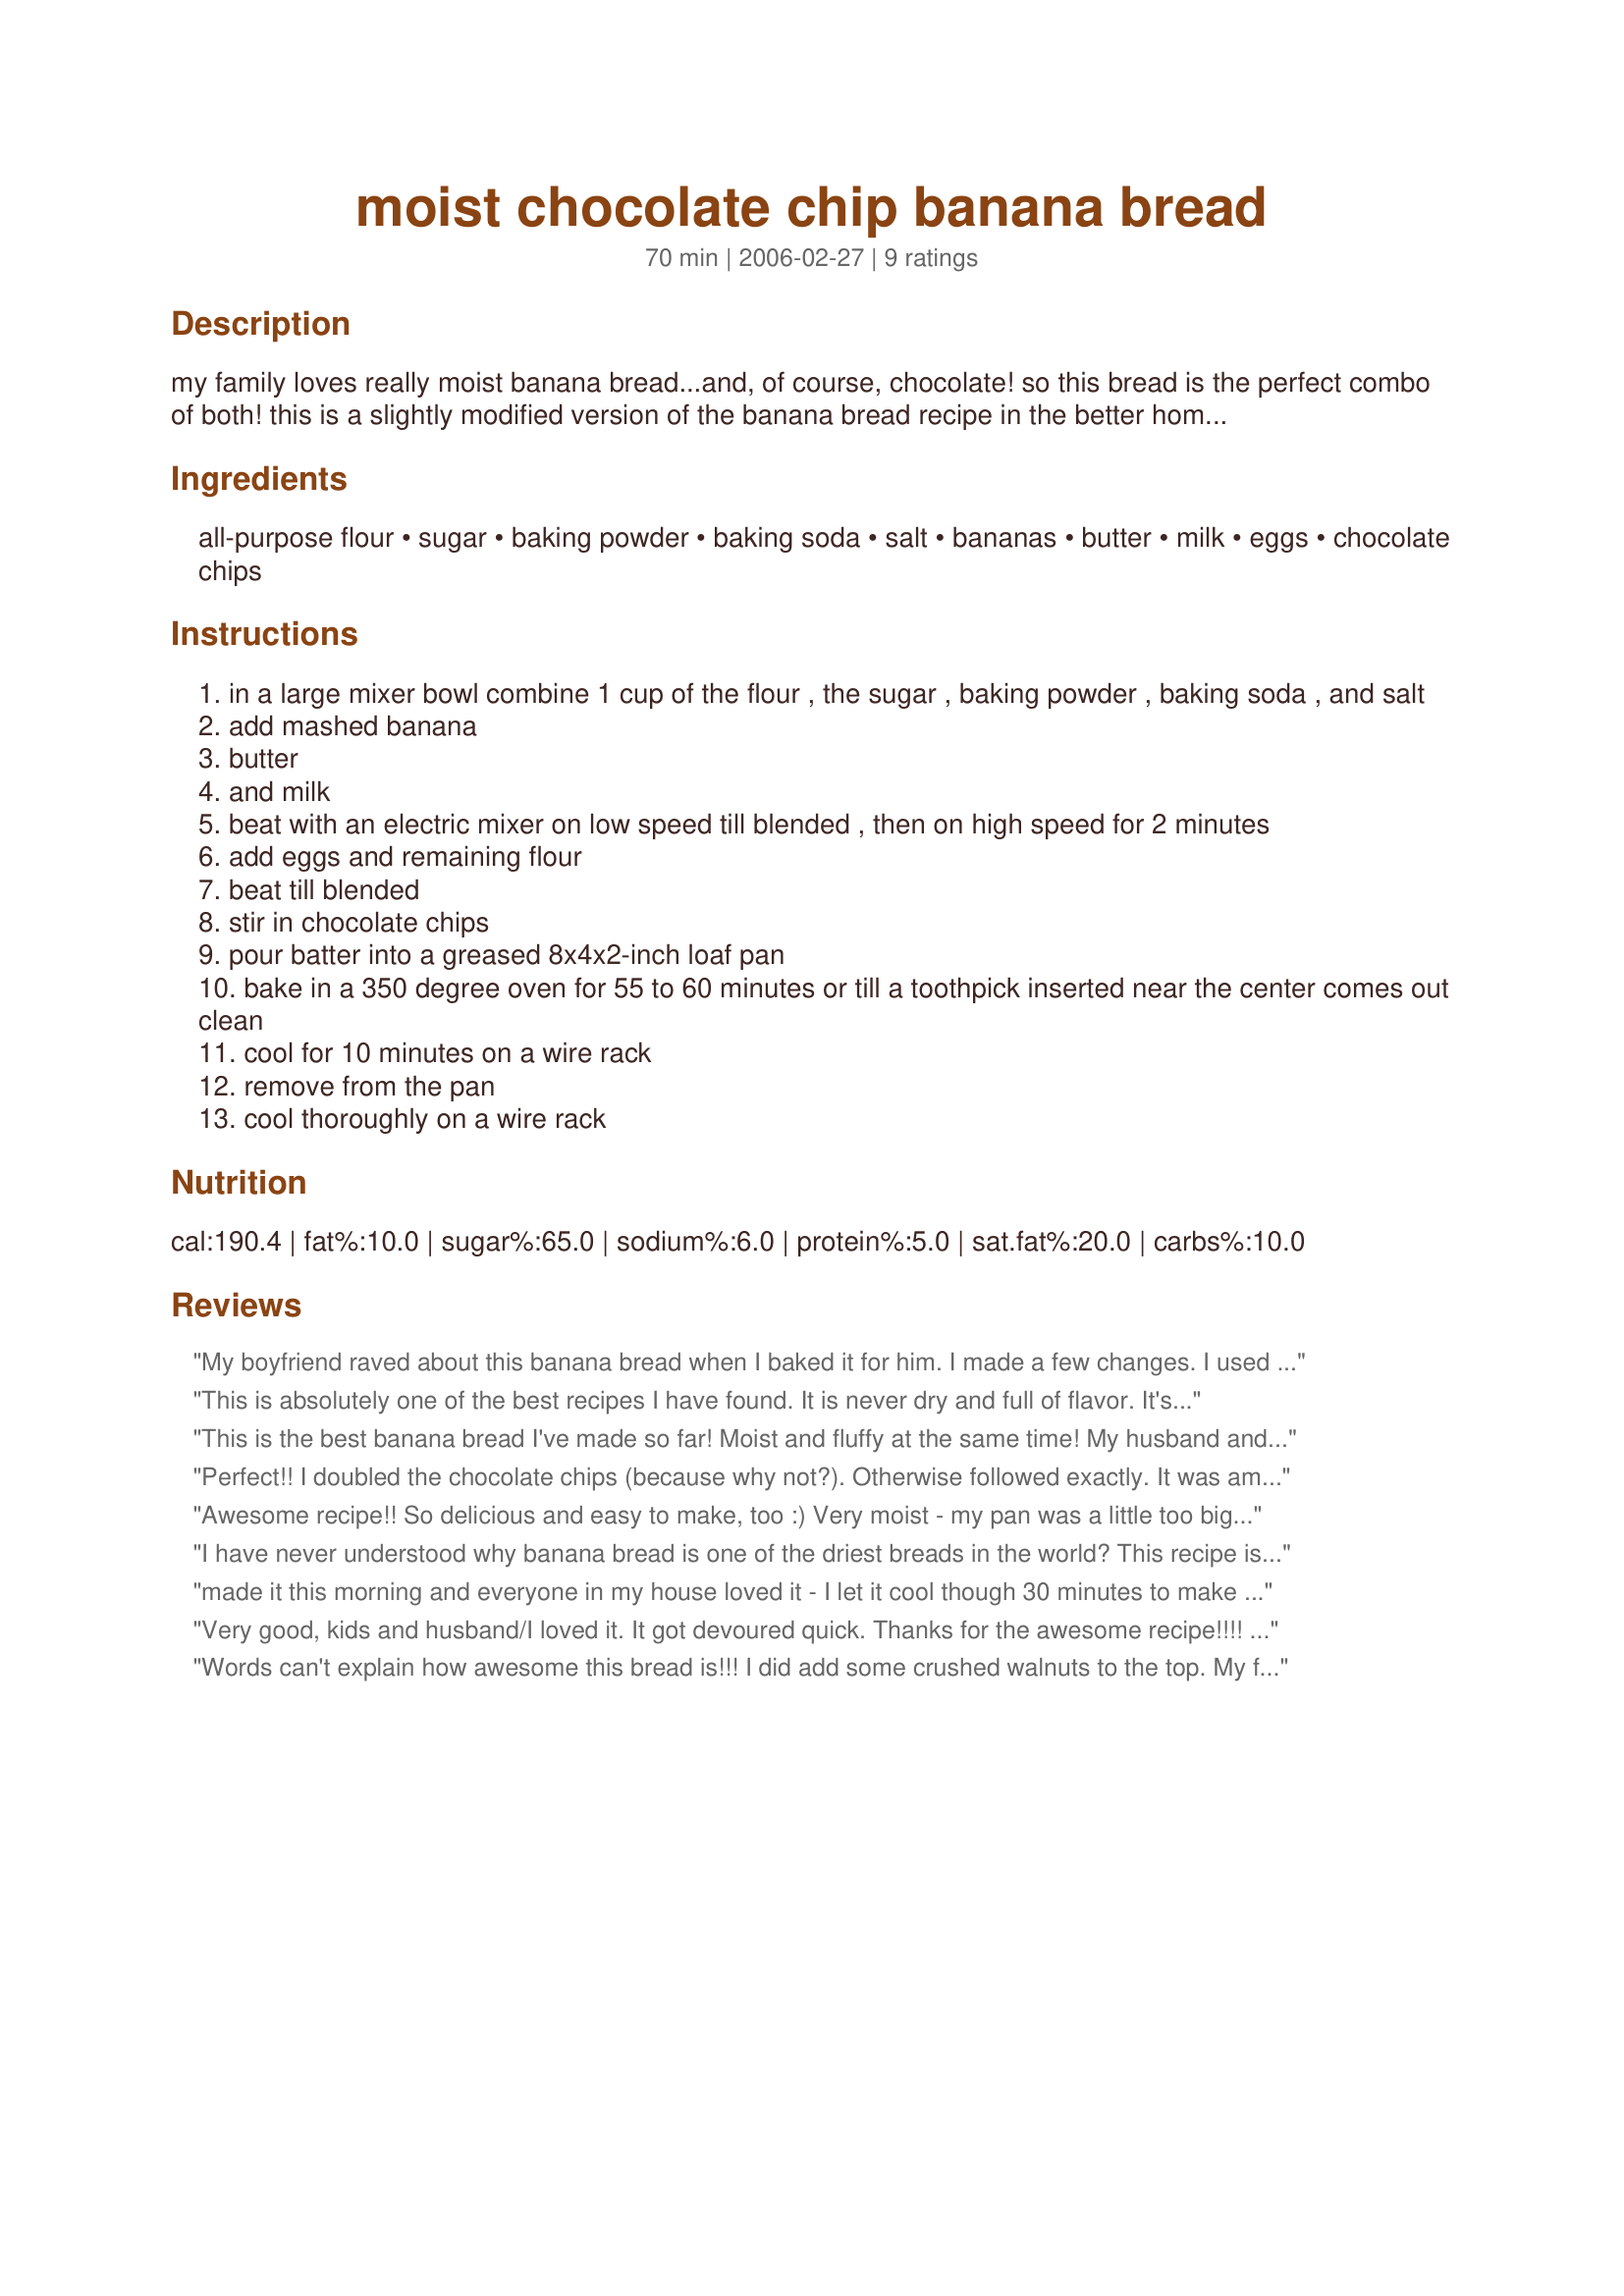
moist chocolate chip banana bread
Preparation time: 70 minutes

my family loves really moist banana bread...and, of course, chocolate! so this bread is the perfect combo of both! this is a slightly modified version of the banana bread recipe in the better homes & gardens new cookbook. we can rarely wait until it's cooled completely!

Ingredients:
all-purpose flour, sugar, baking powder, baking soda, salt, bananas, butter, milk, eggs, chocolate chips

Steps:
in a large mixer bowl combine 1 cup of the flour , the sugar , baking powder , baking soda , and salt
add mashed banana
butter
and milk
beat with an electric mixer on low speed till blended , then on high speed for 2 minutes
add eggs and remaining flour
beat till blended
stir in chocolate chips
pour batter into a greased 8x4x2-inch loaf pan
bake in a 350 degree oven for 55 to 60 minutes or till a toothpick inserted near the center comes out clean
cool for 10 minutes on a wire rack
remove from the pan
cool thoroughly on a wire rack

Reviews:
My boyfriend raved about this banana bread when I baked it for him. I made a few changes. I used 1/3 cup of white sugar and 1/3 cup of brown sugar. I substituted 1 tblsp of butter and 2 tblsp no sugar added applesauce for the 1/3 cup of butter (just to cut back on the fat a bit). I added just a dash of cinnamon and a 1/2 tsp on vanilla. I used mini chocolate chips. I also decided to add a nice streusel topping (I think that was the boyfriend's favorite part).
This is absolutely one of the best recipes I have found. It is never dry and full of flavor. It's my go to recipe anytime I feel like making banana bread - which is often!
This is the best banana bread I've made so far! Moist and fluffy at the same time! My husband and I ate half of it within five minutes, once it came of the oven! I didn't have any baking soda at hand, so I substituted with triple the amount of baking powder and it turned out fine. I also used light brown sugar instead of white. Next time I'm adding walnuts and probably some cinnamon:-)Thanks so much for sharing this recipe!
Perfect!! I doubled the chocolate chips (because why not?). Otherwise followed exactly. It was amazing. Thank you for the recipe!
Awesome recipe!! So delicious and easy to make, too :) Very moist - my pan was a little too big (maybe an inch wider and longer than recommended) so I baked it for 45 mins...bad idea, pretty undercooked in the middle. Probably fortunate since I would have eaten the whole thing otherwise! What was cooked was DELISH!
I have never understood why banana bread is one of the driest breads in the world? This recipe is is exactly as titled..moist! Excellent recipe..thank you for sharing your recipe..
made it this morning and everyone in my house loved it - I let it cool though 30 minutes to make sure it wasnt still raw in the middle
Very good, kids and husband/I loved it. It got devoured quick. Thanks for the awesome recipe!!!! We serve it with whip cream on top.
Words can't explain how awesome this bread is!!! I did add some crushed walnuts to the top. My family LOVED,LOVED,LOVED it!
